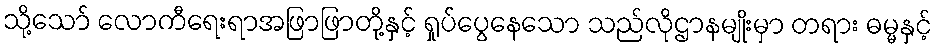
သို့သော် လောကီရေးရာအဖြာဖြာတို့နှင့် ရှုပ်ပွေနေသော သည်လိုဌာနမျိုးမှာ တရား ဓမ္မနှင့်